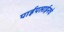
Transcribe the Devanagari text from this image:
पाईपलाईनचे